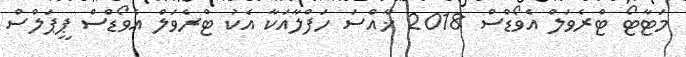
މަޓާޓޯ ޓްރެވަލް އެވޯޑްސް 2018 ޚާއްސަ ހަފްލާއަކާ އެކު ޓްރެވަލް އެވޯޑްސް ޕީޕަލްސް